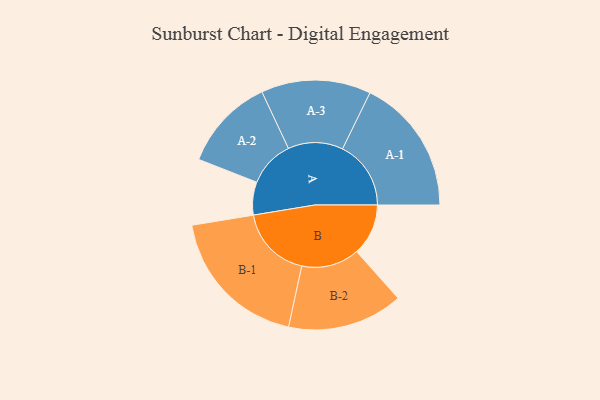
{"axis": {"x": "Segment", "y": "Value"}, "legend": ["", "A", "B"], "data": [{"x": "A", "y": 102, "type": ""}, {"x": "B", "y": 160, "type": ""}, {"x": "A-1", "y": 212, "type": "A"}, {"x": "A-2", "y": 144, "type": "A"}, {"x": "A-3", "y": 170, "type": "A"}, {"x": "B-1", "y": 227, "type": "B"}, {"x": "B-2", "y": 179, "type": "B"}]}